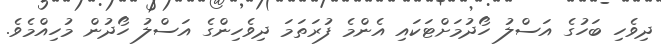
ދިވެހި ބަހުގެ އަސްލު ހޯދުމަށްޓަކައި އެންމެ ފުރަތަމަ ދިވެހިންގެ އަސްލު ހޯދުން މުހިއްމެވެ.